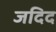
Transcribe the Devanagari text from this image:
जदिद